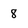
Character: 8